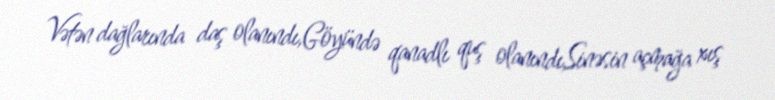
Vətən dağlarında daş olanındı,Göyündə qanadlı quş olanındı,Sinəsin açmağa xış